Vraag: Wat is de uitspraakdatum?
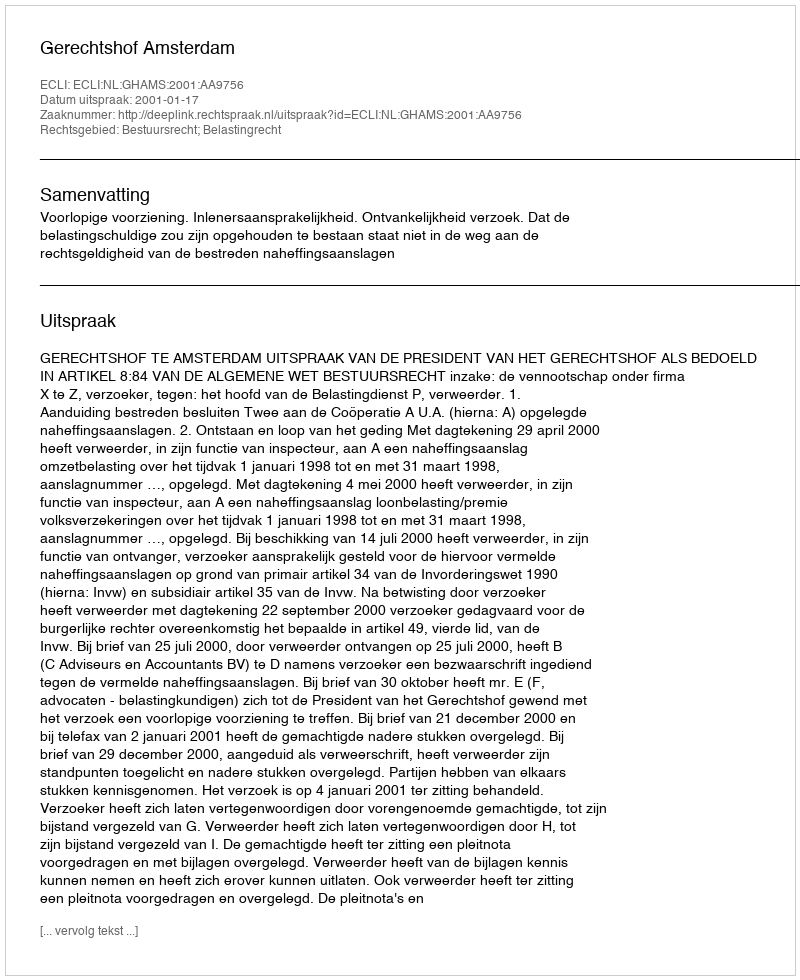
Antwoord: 2001-01-17